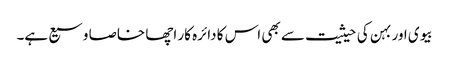
بیوی اور بہن کی حیثیت سے بھی اس کا دائرہ کار اچھا خاصا وسیع ہے۔